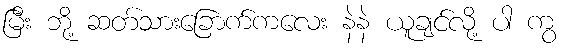
မြီး ဘို့ ဆတ်သားခြောက်ကလေး နဲနဲ ယူချင်လို့ ပါ ကွ